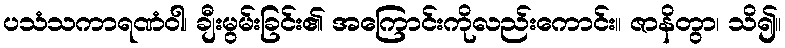
ပသံသကာရဏံဝါ၊ ချီးမွမ်းခြင်း၏ အကြောင်းကိုလည်းကောင်း။ ဇာနိတွာ၊ သိ၍။